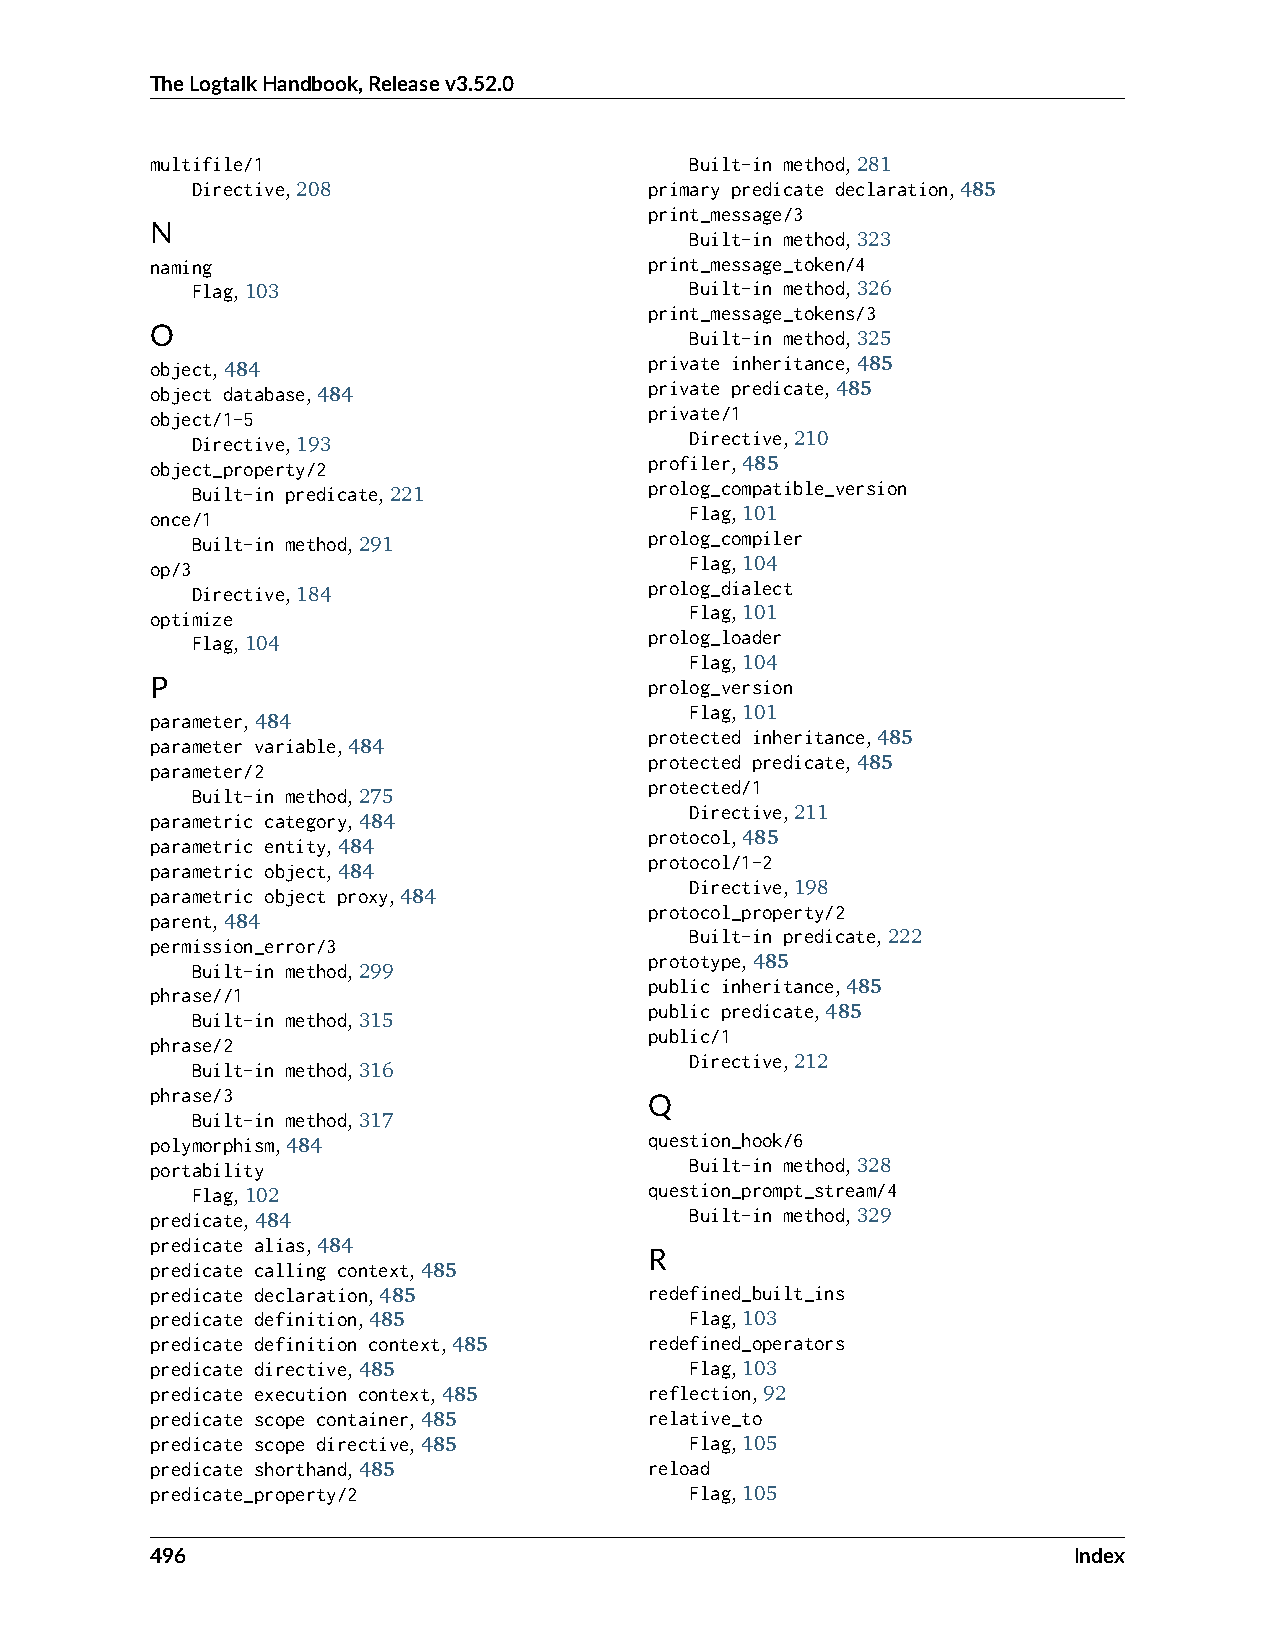
TheLogtalkHandbook,Releasev3.52.0
 multifile/1                         Built-in method,281
 Directive,208                 primary predicate declaration,485
 print_message/3
 N
 Built-in method,323
 naming                           print_message_token/4
 Flag,103                         Built-in method,326
 print_message_tokens/3
 O                                   Built-in method,325
 object,484                       private inheritance,485
 object database,484              private predicate,485
 object/1-5                       private/1
 Directive,193                    Directive,210
 object_property/2                profiler,485
 Built-in predicate,221        prolog_compatible_version
 once/1                              Flag,101
 Built-in method,291           prolog_compiler
 op/3                                Flag,104
 Directive,184                 prolog_dialect
 optimize                            Flag,101
 Flag,104                      prolog_loader
 Flag,104
 P                                prolog_version
 parameter,484
 Flag,101
 parameter variable,484
 protected inheritance,485
 parameter/2
 protected predicate,485
 protected/1
 Built-in method,275
 parametric category,484
 Directive,211
 parametric entity,484
 protocol,485
 protocol/1-2
 parametric object,484
 parametric object proxy,484
 Directive,198
 protocol_property/2
 parent,484
 permission_error/3
 Built-in predicate,222
 Built-in method,299
 prototype,485
 phrase//1
 public inheritance,485
 Built-in method,315
 public predicate,485
 public/1
 phrase/2
 Built-in method,316
 Directive,212
 phrase/3
 Q
 Built-in method,317
 polymorphism,484                 question_hook/6
 portability                         Built-in method,328
 Flag,102                      question_prompt_stream/4
 predicate,484                       Built-in method,329
 predicate alias,484
 R
 predicate calling context,485
 predicate declaration,485        redefined_built_ins
 predicate definition,485            Flag,103
 predicate definition context,485 redefined_operators
 predicate directive,485             Flag,103
 predicate execution context,485  reflection,92
 predicate scope container,485    relative_to
 predicate scope directive,485       Flag,105
 predicate shorthand,485          reload
 predicate_property/2                Flag,105
 496                                                          Index